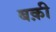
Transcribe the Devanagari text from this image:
बक़ी